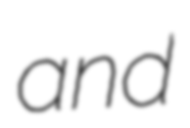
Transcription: and